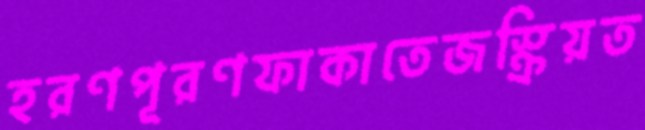
হরণপূরণফাকাতেজস্ক্রিয়ত